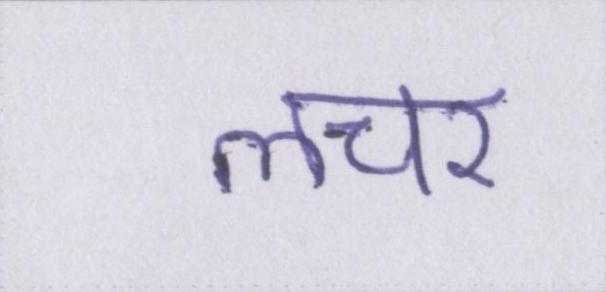
लचर